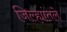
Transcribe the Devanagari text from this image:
जिल्ह्यांतले